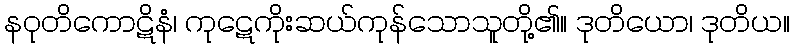
နဝုတိကောဋိနံ၊ ကုဋေကိုးဆယ်ကုန်သောသူတို့၏။ ဒုတိယော၊ ဒုတိယ။